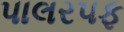
પાલરપફ